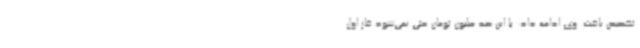
تخصیص یافت. وی ادامه داد: با این صد میلیون تومان حتی نمی‌شود فاز اول